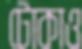
টোকাও